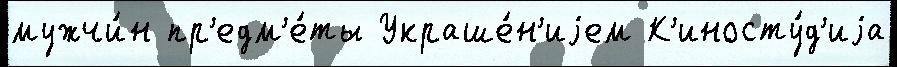
мужчи́н пр'едм'е́ты Украше́н'иjем К'иносту́д'иjа